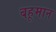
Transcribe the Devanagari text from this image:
बहूमान